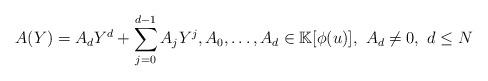
LaTeX: \begin{align*}A(Y)=A_dY^d+\sum _{j=0}^{d-1}A_jY^j,A_0,\ldots ,A_d\in \mathbb{K}[\phi ( u)],\ A_d\neq 0,\ d\leq N\end{align*}